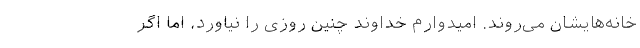
خانه‌هایشان می‌روند. امیدوارم خداوند چنین روزی را نیاورد، اما اگر